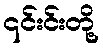
၎င်းင်းတို့